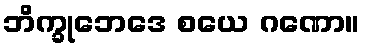
ဘိက္ခုဘေဒေ စယေ ဂဏော။